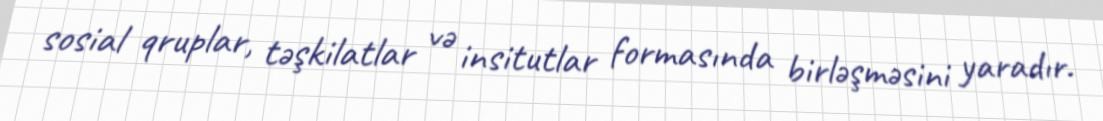
sosial qruplar, təşkilatlar və insitutlar formasında birləşməsini yaradır.